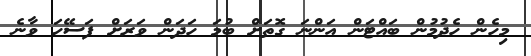
މިހެން ހެދުމުން ބައްޓަން އަންނަ ގޮތަށް ބުމަ ހަދަން ވަރަށް ފަސޭހަ ވާނެ